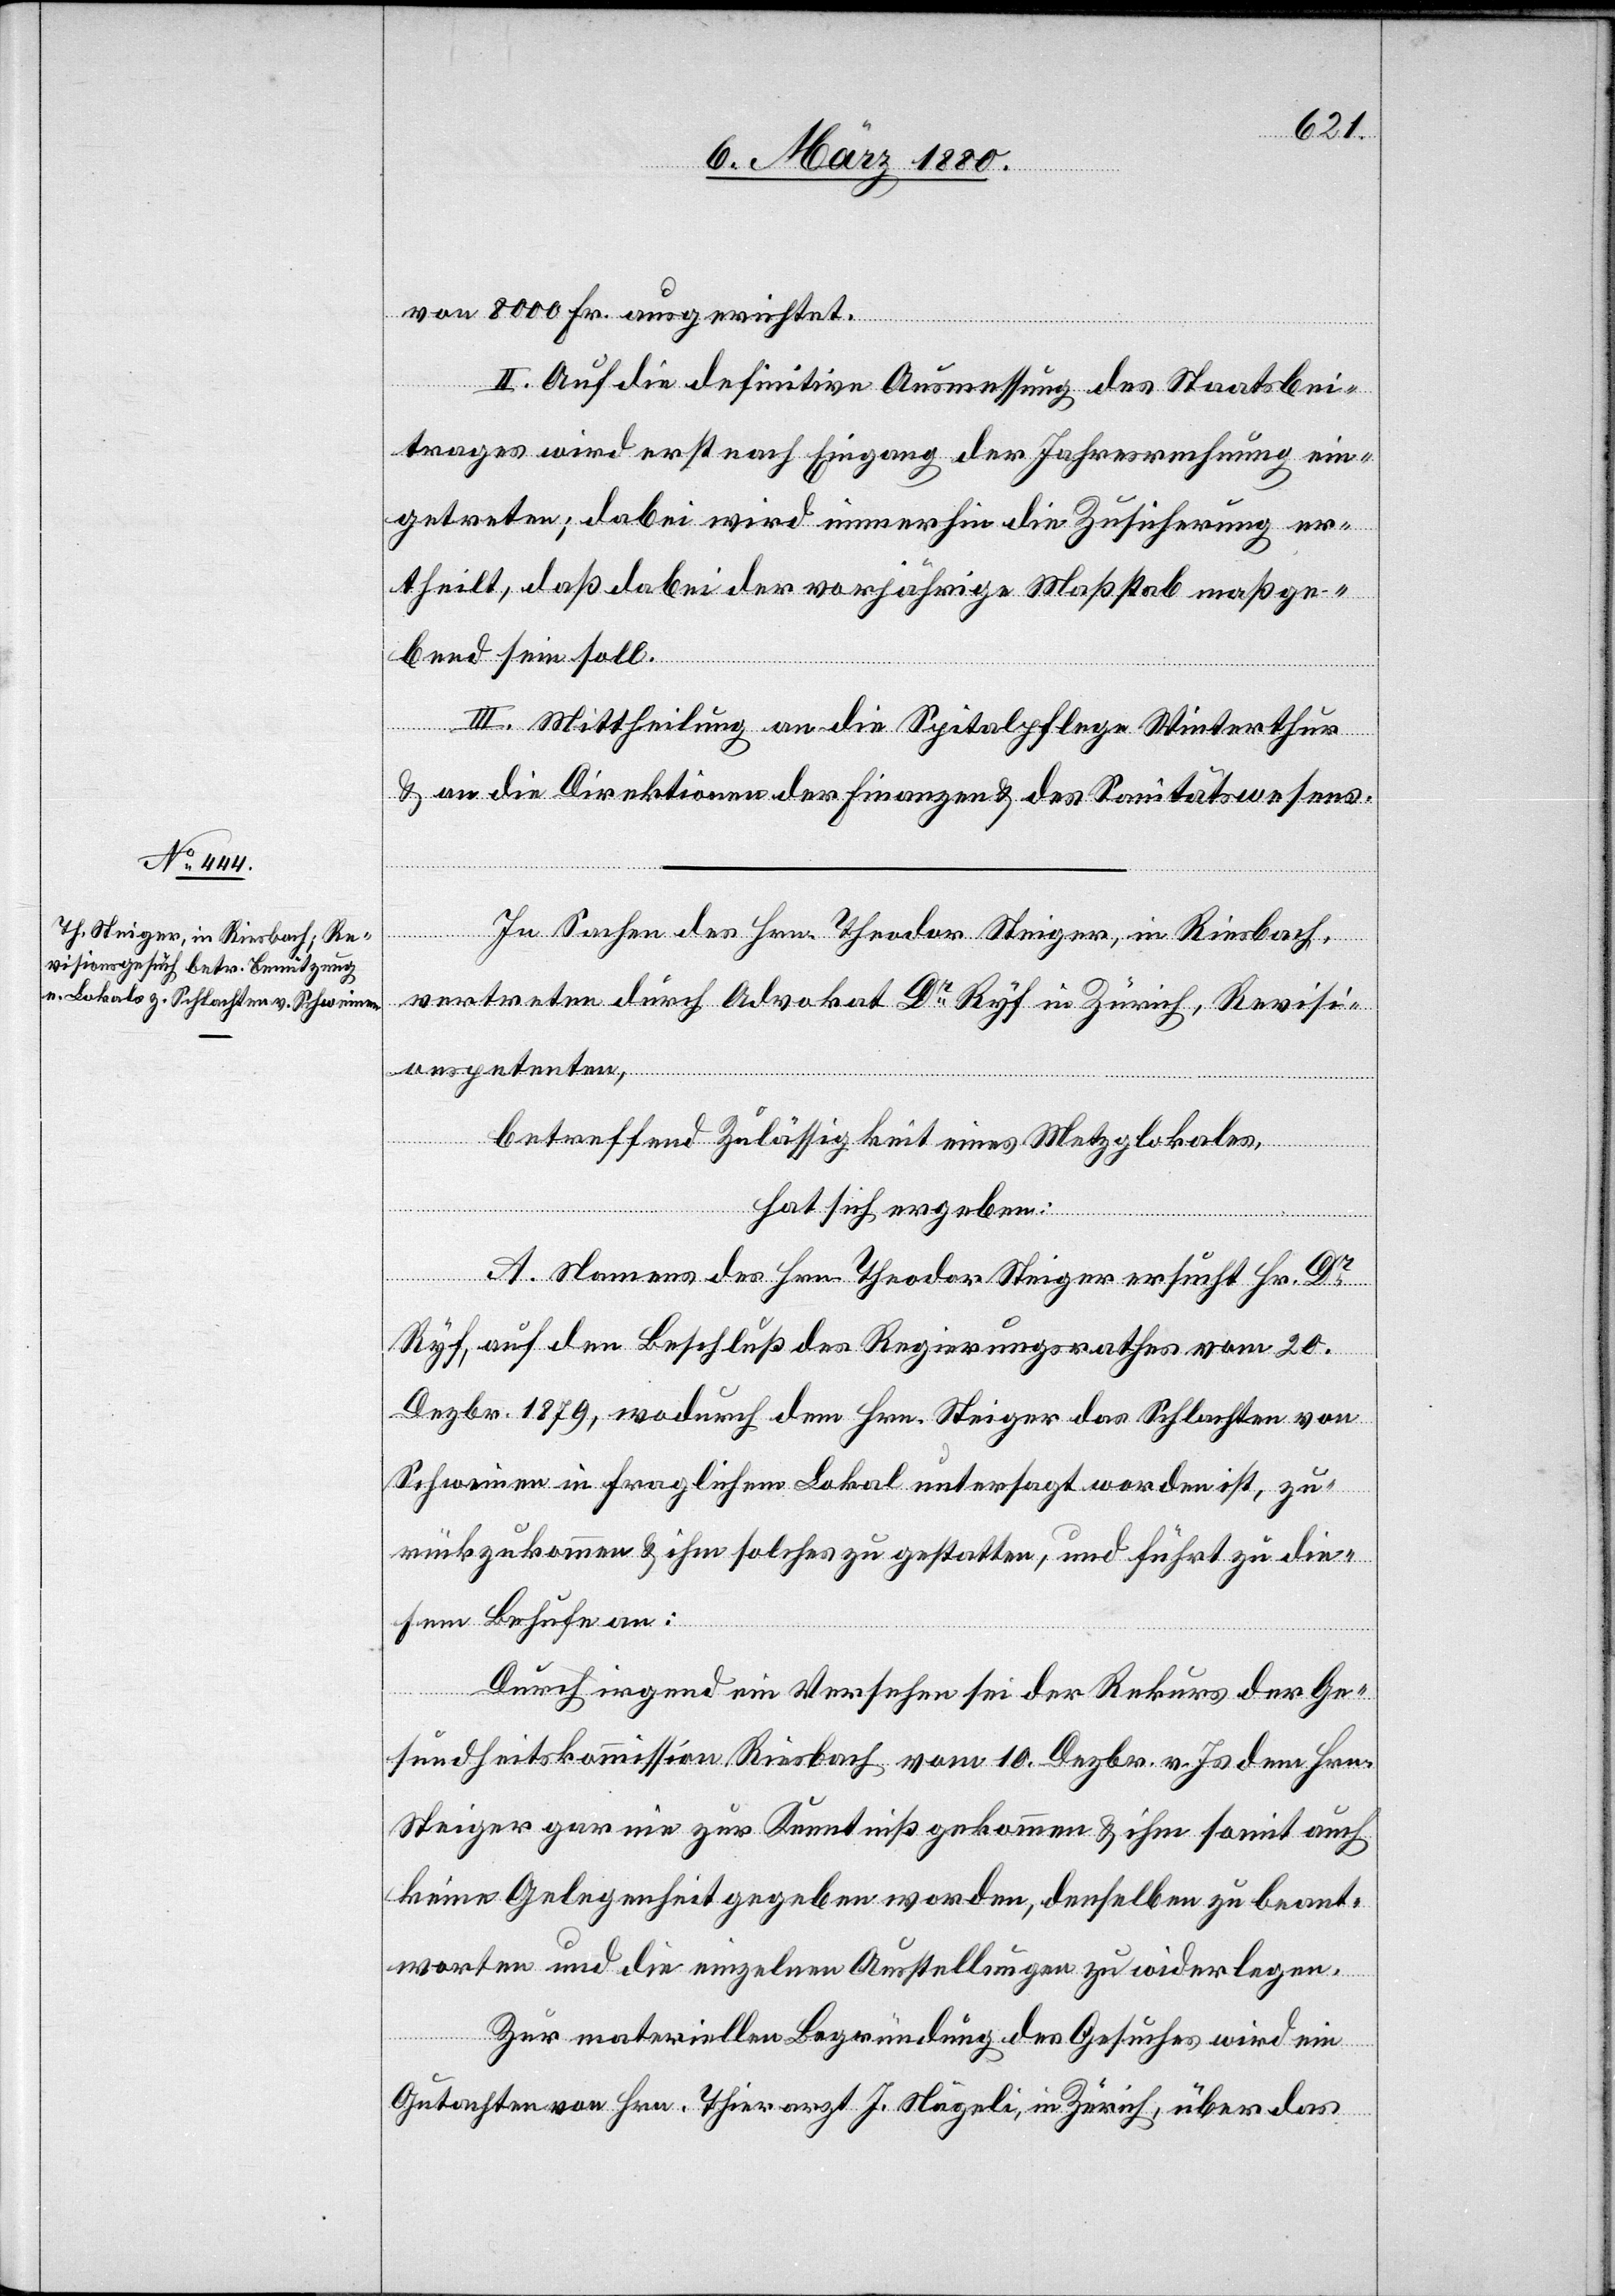
von 8000 Fr. ausgerichtet.
II. Auf die definitive Ausmessung des Staatsbei¬
trages wird erst nach Eingang der Jahresrechnung ein¬
getreten; dabei wird immerhin die Zusicherung er¬
theilt, daß dabei der vorjährige Maßstab maßge¬
bend sein soll.
III. Mittheilung an die Spitalpflege Winterthur
& an die Direktionen der Finanzen & des Sanitätswesens.
In Sachen des Hrn. Theodor Steiger, in Riesbach,
vertreten durch Advokat Dr Ryf in Zürich, Revisi¬
onspetenten,
betreffend Zulässigkeit eines Metzglokales,
hat sich ergeben:
A. Namens des Hrn. Theodor Steiger ersucht Hr. Dr
Ryf, auf den Beschluß des Regierungsrathes vom 20.
Dezbr. 1879, wodurch dem Hrn. Steiger das Schlachten von
Schweinen in fraglichem Lokal untersagt worden ist, zu¬
rückzukommen & ihm solches zu gestatten, und führt zu die¬
sem Behufe an:
Durch irgend ein Versehen sei der Rekurs der Ge¬
sundheitskommission Riesbach vom 10. Dezbr. v. Js. dem Hrn.
Steiger gar nie zur Kenntniß gekommen & ihm somit auch
keine Gelegenheit gegeben worden, denselben zu beant¬
worten und die einzelnen Ausstellung zu widerlegen.
Zur materiellen Begründung des Gesuches wird ein
Gutachten von Hrn. Thierarzt J. Nägeli, in Zürich, über das